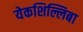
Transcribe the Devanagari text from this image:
येकशिल्लिबा